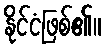
နိုင်ငံဖြစ်၏။